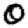
Digit: 0